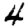
Digit: 4